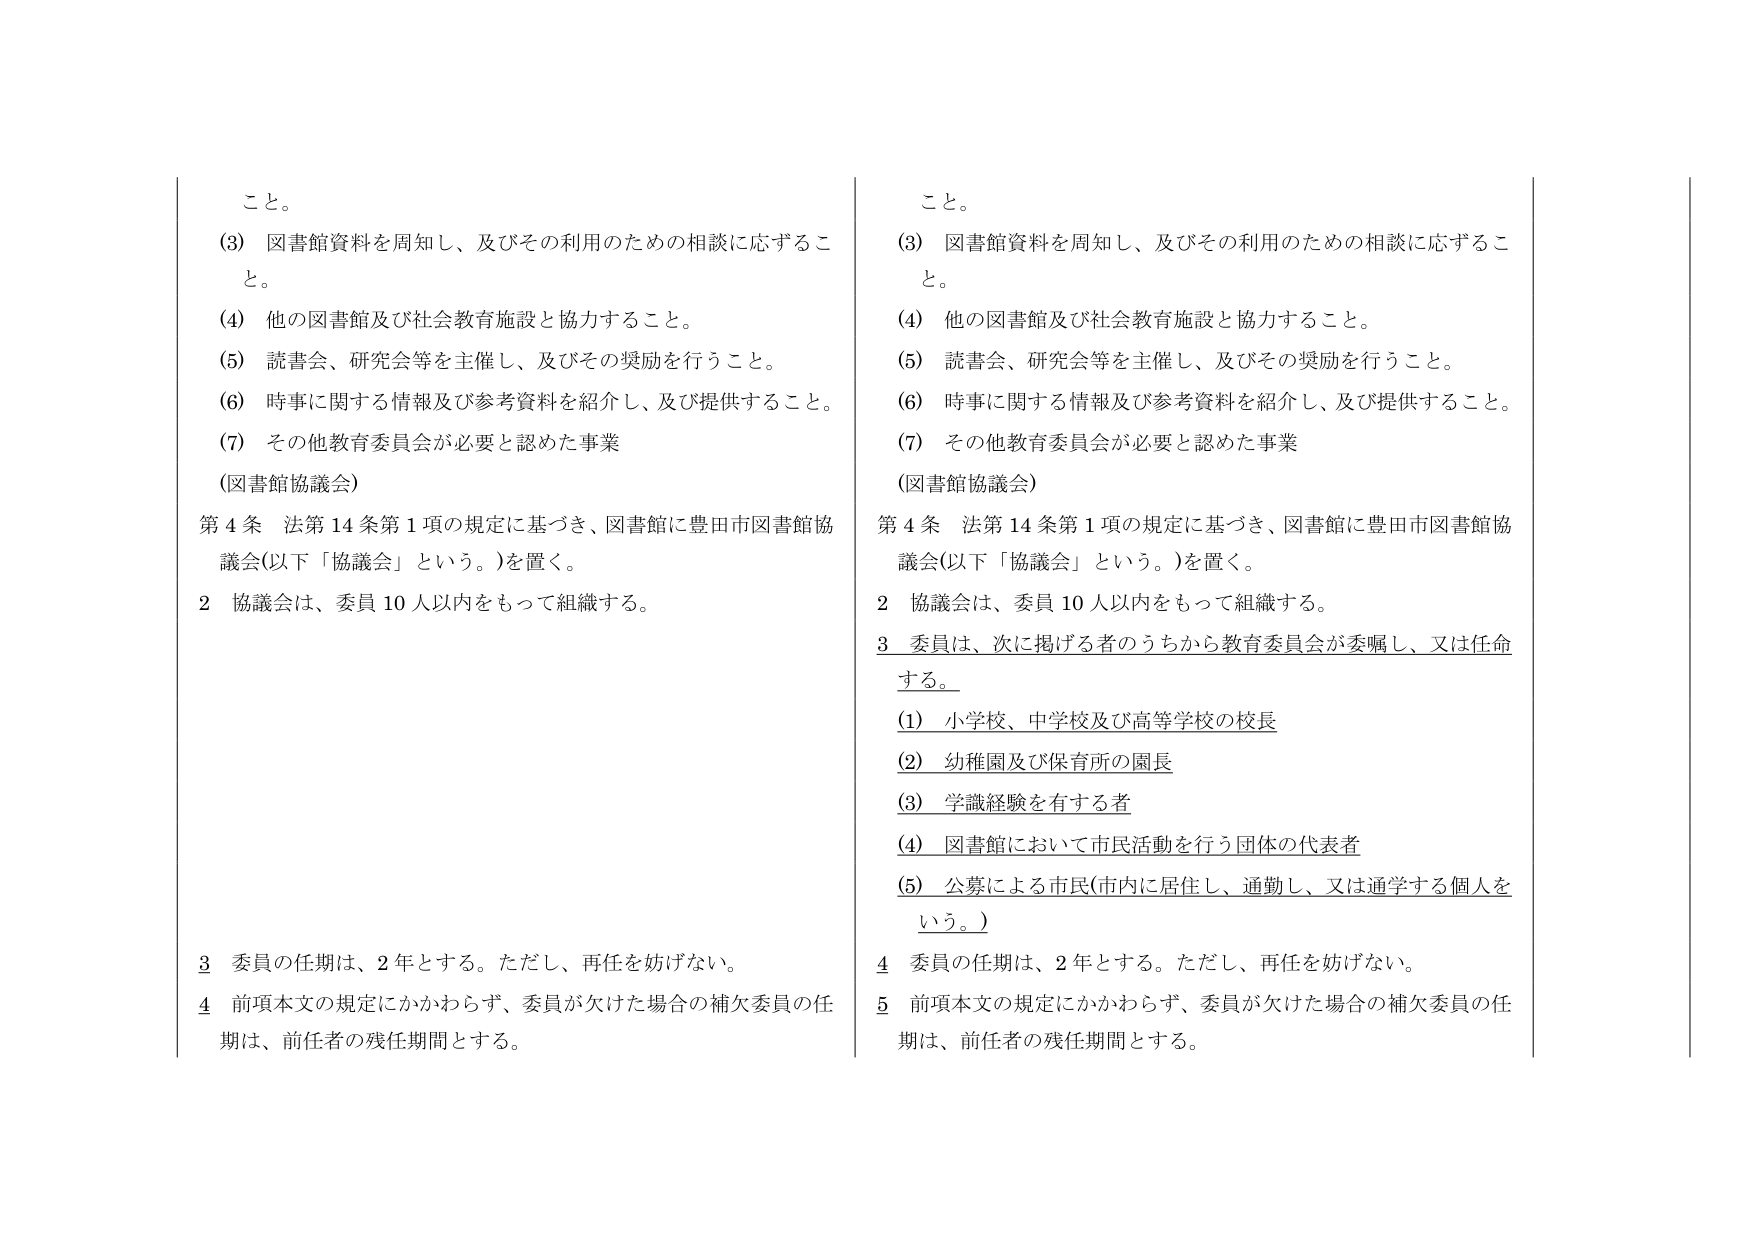
こと。

(3) 図書館資料を周知し、及びその利用のための相談に応ずること。

(4) 他の図書館及び社会教育施設と協力すること。

(5) 読書会、研究会等を主催し、及びその奨励を行うこと。

(6) 時事に関する情報及び参考資料を紹介し、及び提供すること。

(7) その他教育委員会が必要と認めた事業

（図書館協議会）

第４条 法第14条第1項の規定に基づき、図書館に豊田市図書館協議会（以下「協議会」という。）を置く。

２ 協議会は、委員10人以内をもって組織する。

３ 委員の任期は、２年とする。ただし、再任を妨げない。

４ 前項本文の規定にかかわらず、委員が欠けた場合の補欠委員の任期は、前任者の残任期間とする。

こと。

(3) 図書館資料を周知し、及びその利用のための相談に応ずること。

(4) 他の図書館及び社会教育施設と協力すること。

(5) 読書会、研究会等を主催し、及びその奨励を行うこと。

(6) 時事に関する情報及び参考資料を紹介し、及び提供すること。

(7) その他教育委員会が必要と認めた事業

（図書館協議会）

第４条 法第14条第1項の規定に基づき、図書館に豊田市図書館協議会（以下「協議会」という。）を置く。

２ 協議会は、委員10人以内をもって組織する。

３ 委員は、次に掲げる者のうちから教育委員会が委嘱し、又は任命する。

(1) 小学校、中学校及び高等学校の校長

(2) 幼稚園及び保育所の園長

(3) 学識経験を有する者

(4) 図書館において市民活動を行う団体の代表者

(5) 公募による市民（市内に居住し、通勤し、又は通学する個人をいう。）

４ 委員の任期は、２年とする。ただし、再任を妨げない。

５ 前項本文の規定にかかわらず、委員が欠けた場合の補欠委員の任期は、前任者の残任期間とする。